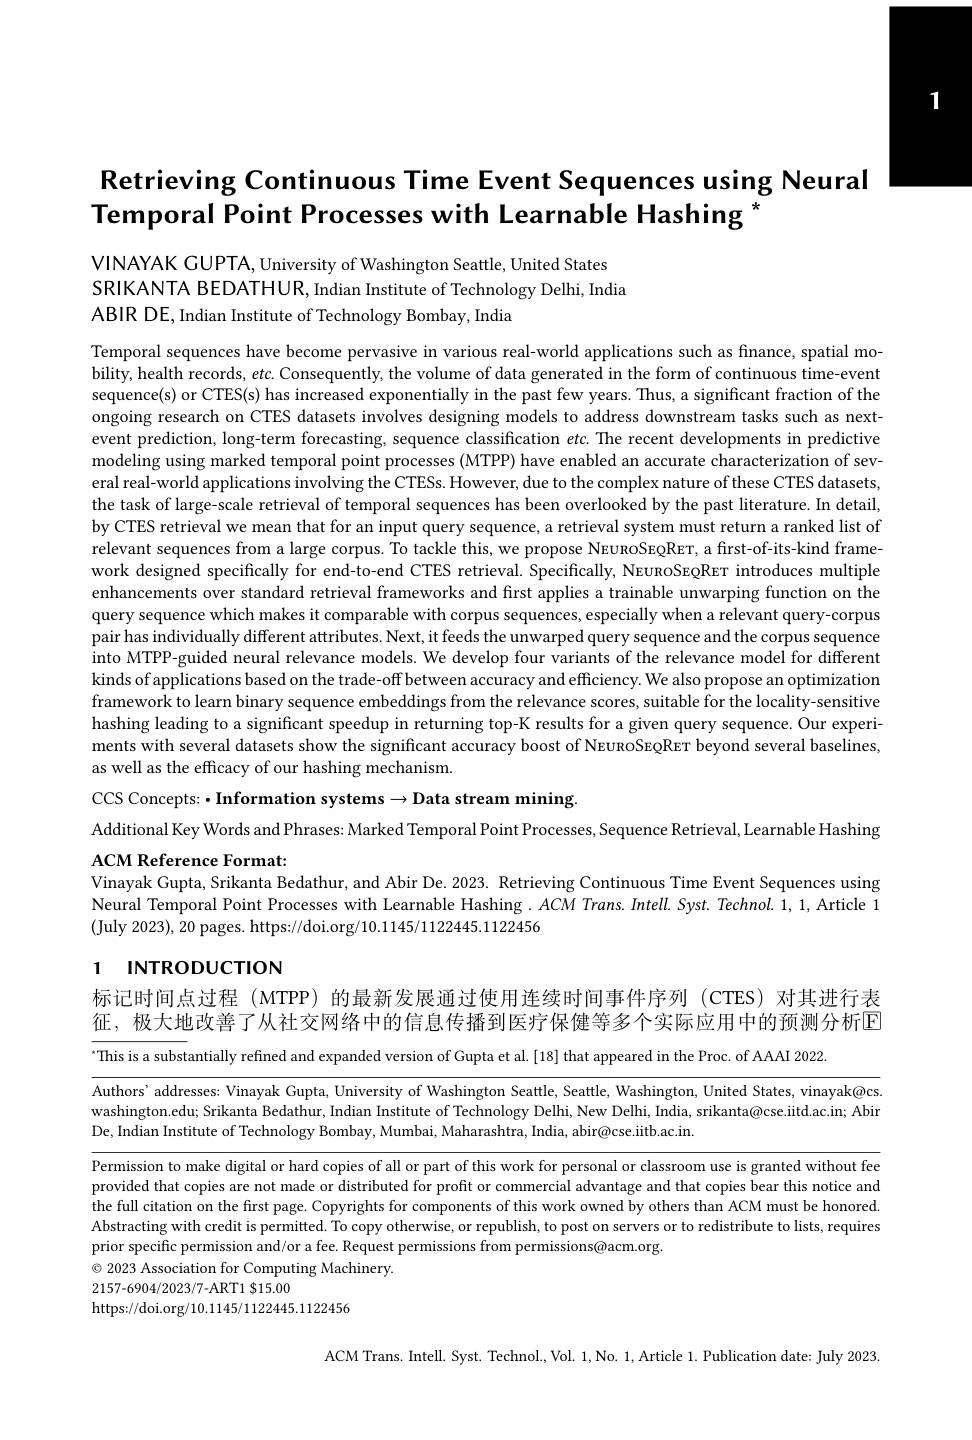
# Retrieving Continuous Time Event Sequences using Neural Temporal Point Processes with Learnable Hashing

VINAYAK GUPTA, University of Washington Seattle, United States
SRIKANTA BEDATHUR, Indian Institute of Technology Delhi, India
ABIR DE, Indian Institute of Technology Bombay, India

Temporal sequences have become pervasive in various real-world applications such as finance, spatial mobility, health records, etc. Consequently, the volume of data generated in the form of continuous time-event sequence(s) or CTES(s) has increased exponentially in the past few years. Thus, a significant fraction of the ongoing research on CTES datasets involves designing models to address downstream tasks such as nextevent prediction, long-term forecasting, sequence classification $etc.$ The recent developments in predictive modeling using marked temporal point processes (MTPP) have enabled an accurate characterization of several real-world applications involving the CTESs. However, due to the complex nature of these CTES datasets, the task of large-scale retrieval of temporal sequences has been overlooked by the past literature. In detail, by CTES retrieval we mean that for an input query sequence, a retrieval system must return a ranked list of relevant sequences from a large corpus. To tackle this, we propose NEURoSEQRET, a first-of-its-kind framework designed specifically for end-to-end CTES retrieval. Specifically, NEURoSEQRET introduces multiple enhancements over standard retrieval frameworks and first applies a trainable unwarping function on the query sequence which makes it comparable with corpus sequences, especially when a relevant query-corpus pair has individually different attributes. Next, it feeds the unwarped query sequence and the corpus sequence into MTPP-guided neural relevance models. We develop four variants of the relevance model for different kinds of applications based on the trade-off between accuracy and efficiency. We also propose an optimization framework to learn binary sequence embeddings from the relevance scores, suitable for the locality-sensitive hashing leading to a significant speedup in returning top-K results for a given query sequence. Our experiments with several datasets show the significant accuracy boost of NEunoSEQRET beyond several baselines, as well as the efficacy of our hashing mechanism.

CCS Concepts: ·Information systems $\to$Data stream mining.

Additional Key Words and Phrases: Marked Temporal Point Processes, Sequence Retrieval, Learnable Hashing

ACM Reference Format:
Vinayak Gupta, Srikanta Bedathur, and Abir De. 2023. Retrieving Continuous Time Event Sequences using Neural Temporal Point Processes with Learnable Hashing. ACM Trans.Intell. Syst. Technol.1, 1, Article 1 (July 2023), 20 pages. https://doi.org/10.1145/1122445.1122456

# 1 INTRODUCTION

标记时间点过程 (MTPP) 的最新发展通过使用连续时间事件序列 (CTES)对其进行表征，极大地改善了从社交网络中的信息传播到医疗保健等多个实际应用中的预测分析区"This is a substantially refined and expanded version of Gupta et al.[18] that appeared in the Proc. of AAAI 2022

Authors’addresses: Vinayak Gupta, University of Washington Seattle, Seattle, Washington, United States, vinayak@cs washington.edu; Srikanta Bedathur, Indian Institute of Technology Delhi, New Delhi, India, srikanta@cse.iitd.ac.in; Abir De, Indian Institute of Technology Bombay, Mumbai, Maharashtra, India, abir@cse.iitb.ac.in.

Permission to make digital or hard copies of all or part of this work for personal or classroom use is granted without fee provided that copies are not made or distributed for profit or commercial advantage and that copies bear this notice and the full citation on the first page. Copyrights for components of this work owned by others than ACM must be honored. Abstracting with credit is permitted. To copy otherwise, or republish, to post on servers or to redistribute to lists, requires prior specific permission and/or a fee. Request permissions from permissions@acm.org
$\odot$ 2023 Association for Computing Machinery.
2157-6904/2023/7-ART1 $15.00
https://doi.org/10.1145/1122445.1122456

ACM Trans. Intell. Syst. Technol., Vol. 1, No. 1, Article 1. Publication date: July 2023